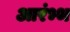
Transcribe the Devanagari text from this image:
आरंभ्भ